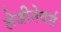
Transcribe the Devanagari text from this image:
लेजीनेयर्स